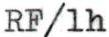
RF/lh